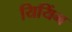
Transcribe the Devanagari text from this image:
यियिंग